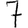
Digit: 7